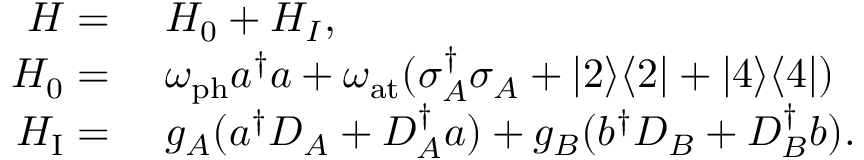
\begin{array} { r l } { H = } & { { } ~ H _ { 0 } + H _ { I } , } \\ { H _ { 0 } = } & { { } ~ \omega _ { \mathrm { p h } } a ^ { \dagger } { a } + \omega _ { \mathrm { a t } } ( \sigma _ { A } ^ { \dagger } \sigma _ { A } + | 2 \rangle \langle 2 | + | 4 \rangle \langle 4 | ) } \\ { H _ { \mathrm { I } } = } & { { } ~ g _ { A } ( a ^ { \dagger } D _ { A } + D _ { A } ^ { \dagger } a ) + g _ { B } ( b ^ { \dagger } D _ { B } + D _ { B } ^ { \dagger } b ) . } \end{array}